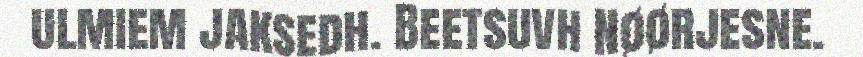
ulmiem jaksedh. Beetsuvh Nøørjesne.